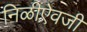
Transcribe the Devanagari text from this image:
निळीऐवजी